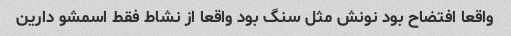
واقعا افتضاح بود نونش مثل سنگ بود واقعا از نشاط فقط اسمشو دارین